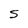
Character: S